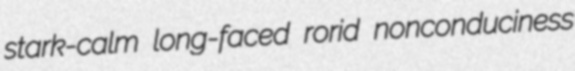
stark-calm long-faced rorid nonconduciness